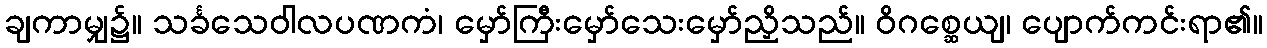
ချကာမျှ၌။ သင်္ခသေဝါလပဏကံ၊ မှော်ကြီးမှော်သေးမှော်ညှိသည်။ ဝိဂစ္ဆေယျ၊ ပျောက်ကင်းရာ၏။